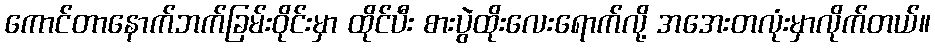
ကောင်တာနောက်ဘက်ခြမ်းဝိုင်းမှာ ထိုင်ပီး စားပွဲထိုးလေးရောက်လို့ အအေးတလုံးမှာလိုက်တယ်။